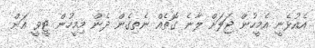
އެއުޅެނީ އެމީހުން ޖަލަށް ލާނެ ގޮތެއް ނެތިގެން ދެން މިމީހުން ޓީވީ އަށް